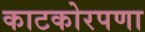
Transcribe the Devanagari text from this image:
काटकोरपणा